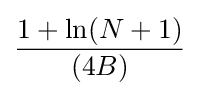
{\frac {1+\ln(N+1)}{(4B)}}